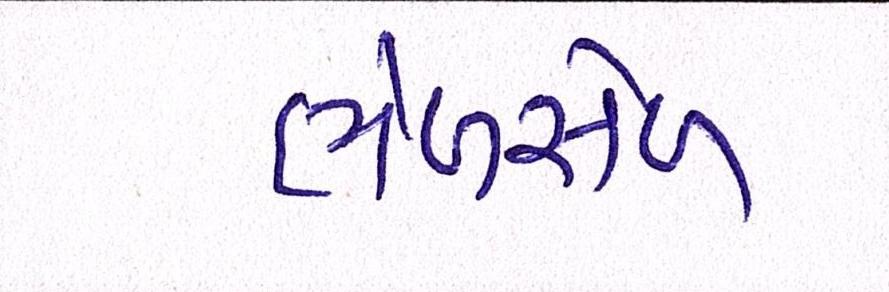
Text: ભેળસેળ